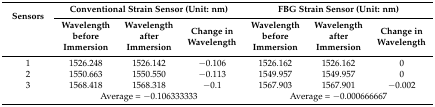
| <ROWSPAN=2> Sensors | <COLSPAN=3> Conventional Strain Sensor (Unit: nm) | <COLSPAN=3> FBG Strain Sensor (Unit: nm) |
 | Wavelength before Immersion | Wavelength after Immersion | Change in Wavelength | Wavelength before Immersion | Wavelength after Immersion | Change in Wavelength |
 | --- | --- | --- | --- | --- | --- | --- |
 | 1 | 1526.248 | 1526.142 | −0.106 | 1526.162 | 1526.162 | 0 |
 | 2 | 1550.663 | 1550.550 | −0.113 | 1549.957 | 1549.957 | 0 |
 | 3 | 1568.418 | 1568.318 | −0.1 | 1567.903 | 1567.901 | −0.002 |
 |  | <COLSPAN=3> Average = −0.106333333 | <COLSPAN=3> Average = −0.000666667 |